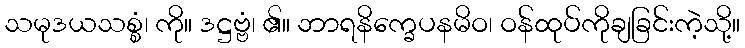
သမုဒယသစ္စံ၊ ကို။ ဒဋ္ဌဗ္ဗံ၊ ၏။ ဘာရနိက္ခေပနမိဝ၊ ဝန်ထုပ်ကိုချခြင်းကဲ့သို့။